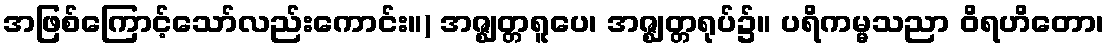
အဖြစ်ကြောင့်သော်လည်းကောင်း။) အဇ္ဈတ္တရူပေ၊ အဇ္ဈတ္တရုပ်၌။ ပရိကမ္မသညာ ဝိရဟိတော၊